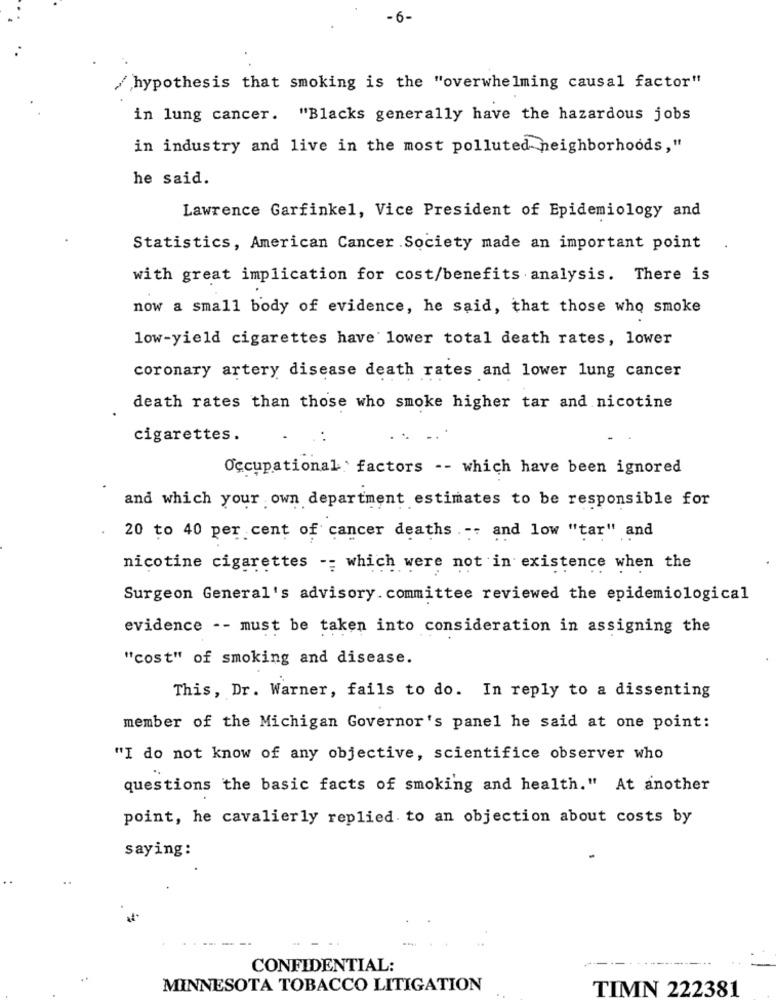
- 6-
/hypothesis that smoking is the "overwhelming causal factor"
in lung cancer. "Blacks generally have the hazardous jobs
in industry and live in the most polluted neighborhoods,"
he said.
Lawrence Garfinkel, Vice President of Epidemiology and
Statistics, American Cancer Society made an important point
with great implication for cost/benefits analysis. There is
now a small body of evidence, he said, that those who smoke
low-yield cigarettes have lower total death rates, lower
coronary artery disease death rates and lower lung cancer
death rates than those who smoke higher tar and nicotine
cigarettes.
Occupational ` factors -- which have been ignored
and which your own department estimates to be responsible for
20 to 40 per cent of cancer deaths ... and low "tar" and
nicotine cigarettes -- which were not in existence when the
Surgeon General's advisory. committee reviewed the epidemiological
evidence -- must be taken into consideration in assigning the
"cost" of smoking and disease.
This, Dr. Warner, fails to do. In reply to a dissenting
member of the Michigan Governor's panel he said at one point:
"I do not know of any objective, scientifice observer who
questions the basic facts of smoking and health." At another
point, he cavalierly replied to an objection about costs by
saying:
CONFIDENTIAL:
MINNESOTA TOBACCO LITIGATION
TIMN 222381